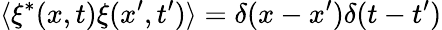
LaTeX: \langle\xi^{*}(x,t)\xi(x^{\prime},t^{\prime})\rangle=\delta(x-x^{\prime})\delta(t-t^{\prime})